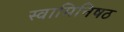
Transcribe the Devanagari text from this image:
स्वामिनिषठ